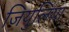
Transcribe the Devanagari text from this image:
जियुलिया